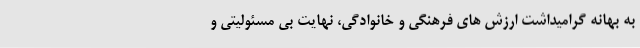
به بهانه گرامیداشت ارزش های فرهنگی و خانوادگی، نهایت بی مسئولیتی و